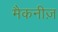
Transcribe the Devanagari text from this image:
मैकनीज़